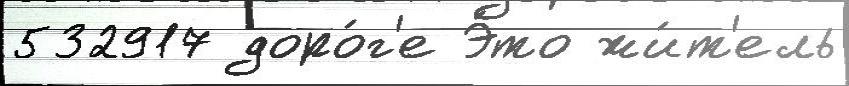
532917 доро́г'е Э́то жи́т'ель